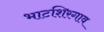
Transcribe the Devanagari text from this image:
भाटशिरगाव